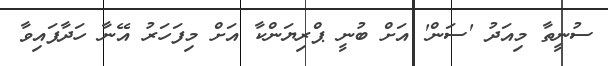
ސުނީތާ މިއަދު 'ސަން' އަށް ބުނީ ޕްރިޔަންކާ އަށް މިފަހަރު އޭނާ ހަދާފައިވާ